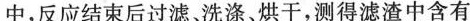
中，反应结束后过滤、洗涤、烘干，测得滤渣中含有